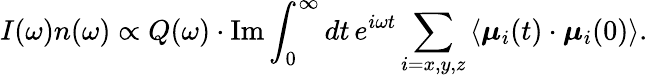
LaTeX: I(\omega)n(\omega)\propto Q(\omega)\cdot\mathrm{Im}\int_{0}^{\infty}dt\, e^{i\omega t}\sum_{i=x,y,z}\left\langle\boldsymbol{\mu}_{i}(t)\cdot{\boldsymbol{\mu}_{i}}(0)\right\rangle.